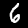
Digit: 6